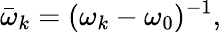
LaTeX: \bar{\omega}_{k}=(\omega_{k}-\omega_{0})^{-1},